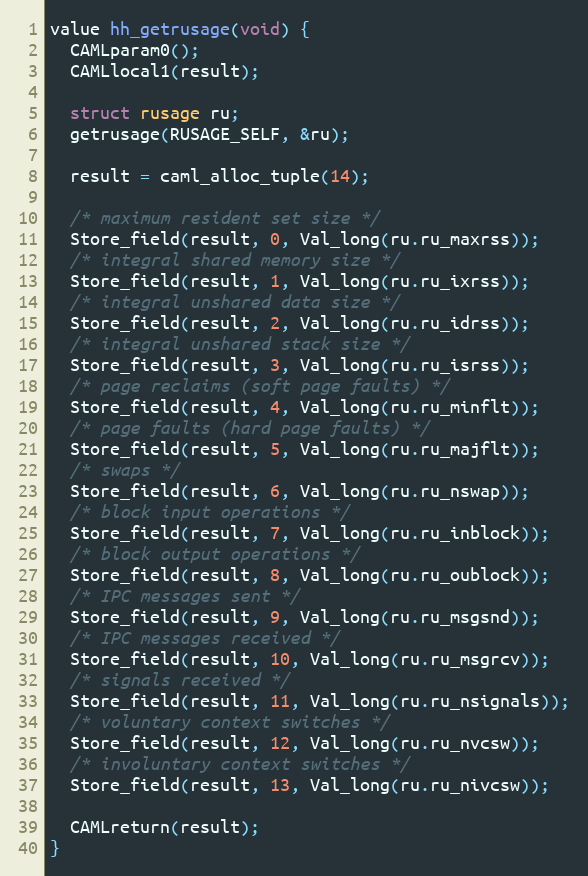
Language: C
value hh_getrusage(void) {
  CAMLparam0();
  CAMLlocal1(result);

  struct rusage ru;
  getrusage(RUSAGE_SELF, &ru);

  result = caml_alloc_tuple(14);

  /* maximum resident set size */
  Store_field(result, 0, Val_long(ru.ru_maxrss));
  /* integral shared memory size */
  Store_field(result, 1, Val_long(ru.ru_ixrss));
  /* integral unshared data size */
  Store_field(result, 2, Val_long(ru.ru_idrss));
  /* integral unshared stack size */
  Store_field(result, 3, Val_long(ru.ru_isrss));
  /* page reclaims (soft page faults) */
  Store_field(result, 4, Val_long(ru.ru_minflt));
  /* page faults (hard page faults) */
  Store_field(result, 5, Val_long(ru.ru_majflt));
  /* swaps */
  Store_field(result, 6, Val_long(ru.ru_nswap));
  /* block input operations */
  Store_field(result, 7, Val_long(ru.ru_inblock));
  /* block output operations */
  Store_field(result, 8, Val_long(ru.ru_oublock));
  /* IPC messages sent */
  Store_field(result, 9, Val_long(ru.ru_msgsnd));
  /* IPC messages received */
  Store_field(result, 10, Val_long(ru.ru_msgrcv));
  /* signals received */
  Store_field(result, 11, Val_long(ru.ru_nsignals));
  /* voluntary context switches */
  Store_field(result, 12, Val_long(ru.ru_nvcsw));
  /* involuntary context switches */
  Store_field(result, 13, Val_long(ru.ru_nivcsw));

  CAMLreturn(result);
}